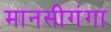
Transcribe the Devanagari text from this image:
मानसीगंगा